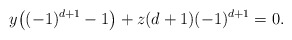
\begin{align*}y\big((-1)^{d+1}-1\big) + z(d+1)(-1)^{d+1}=0.\end{align*}